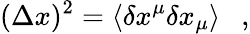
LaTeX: (\Delta x)^{2}=\langle\delta x^{\mu}\delta x_{\mu}\rangle~~~,